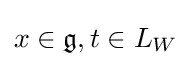
x\in {\mathfrak {g}},t\in L_{W}